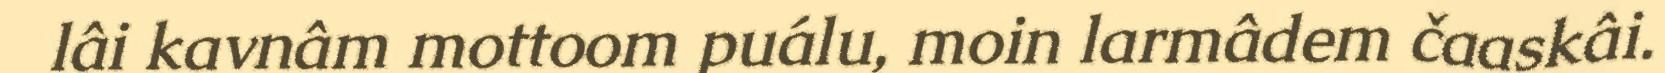
lâi kavnâm mottoom puálu, moin larmâdem čaaskâi.